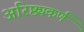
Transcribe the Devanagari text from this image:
अरिष्ठ्यकर्ण